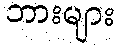
ဘားများ